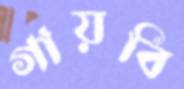
গায়বি